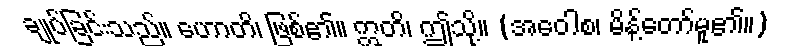
ချုပ်ခြင်းသည်။ ဟောတိ၊ ဖြစ်၏။ ဣတိ၊ ဤသို့။ (အဝေါစ၊ မိန့်တော်မူ၏။)